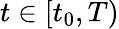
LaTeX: t\in[t_{0},T)